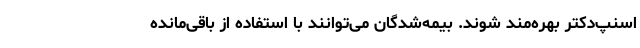
اسنپ‌دکتر بهره‌مند شوند. بیمه‌شدگان می‌توانند با استفاده از باقی‌مانده